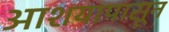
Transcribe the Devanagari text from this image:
आशयापासून